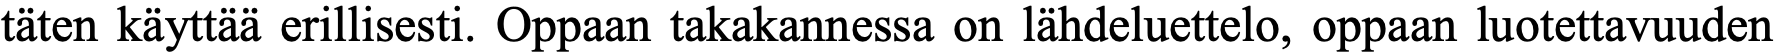
täten käyttää erillisesti. Oppaan takakannessa on lähdeluettelo, oppaan luotettavuuden